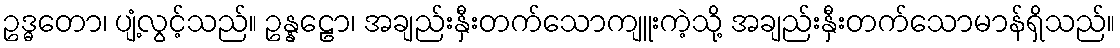
ဥဒ္ဓတော၊ ပျံ့လွင့်သည်။ ဥန္နဠော၊ အချည်းနှီးတက်သောကျူးကဲ့သို့ အချည်းနှီးတက်သောမာန်ရှိသည်။